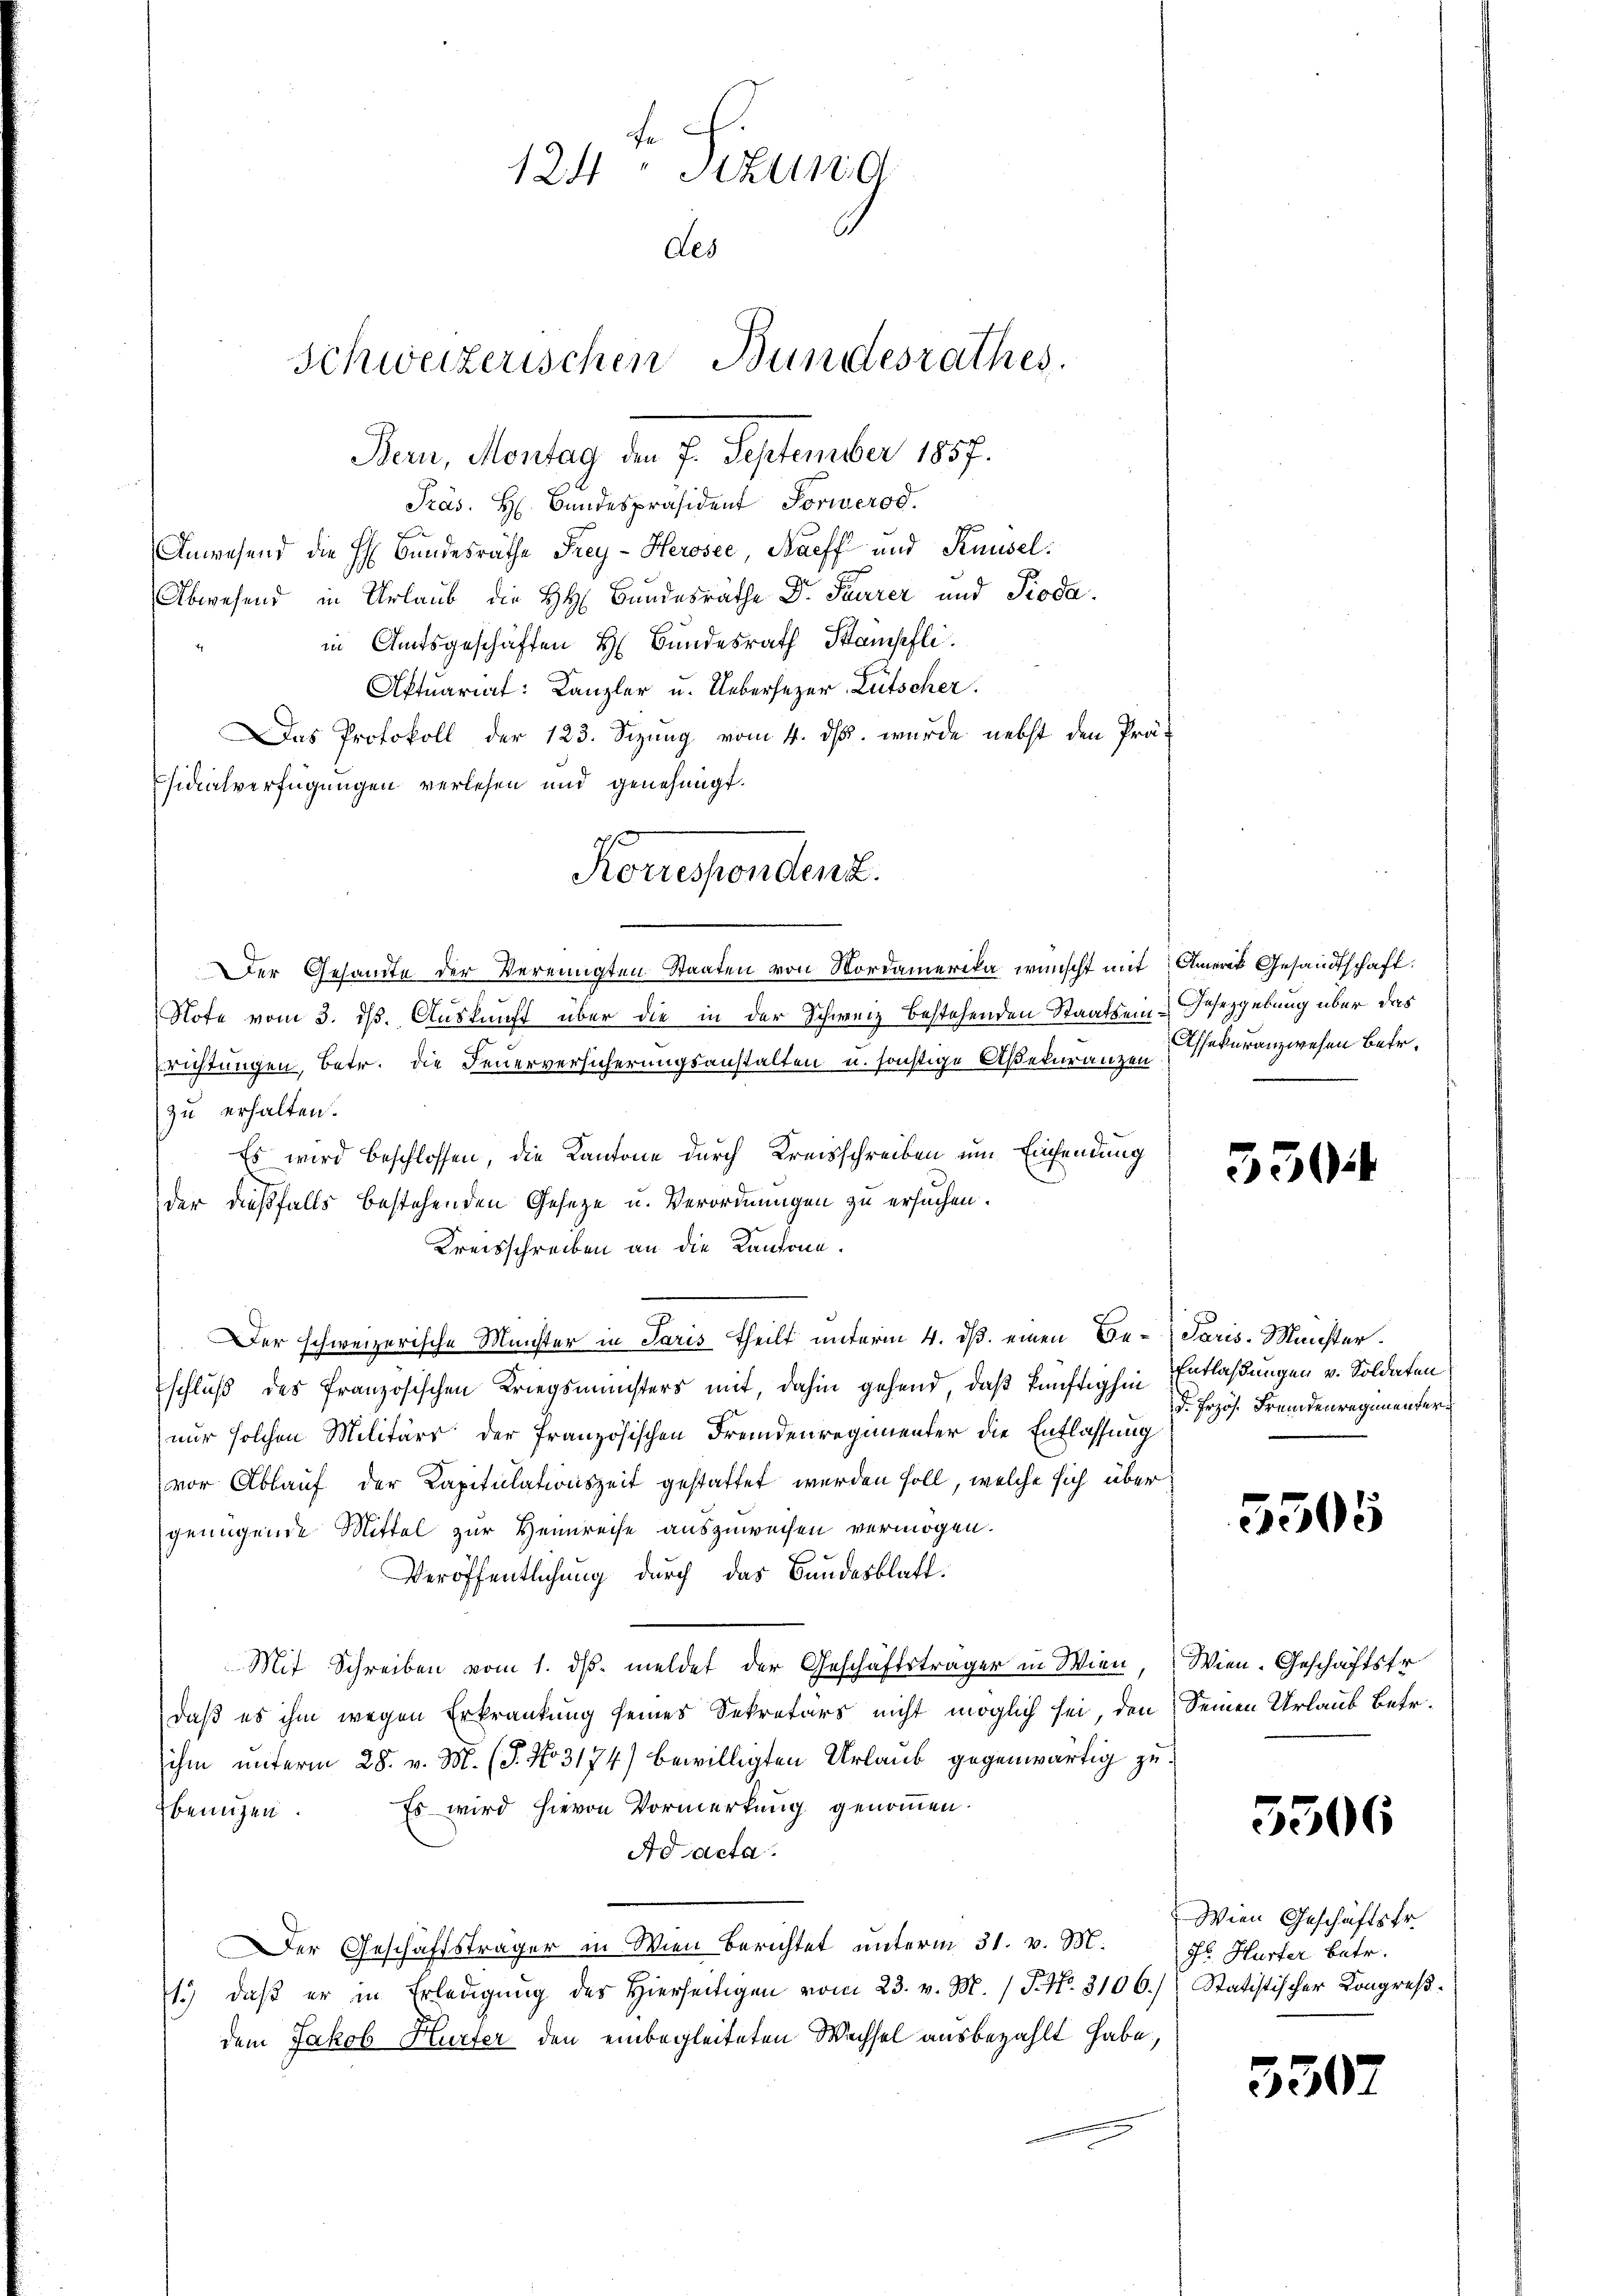
124 Stund
des
Schweizerischen Bundesrathes.
Bern, Montag den 7. September 1857.

Präs. H. Bundespräsident Sorwerod.
Anwesend die H. Bundesräthe Frey-Herosee, Karff und Knüsel.
Abwesend in Urlaub die HH Bundesräthe Dr. Furrer und Piodain Amtsgeschäften H. Bundesrath Stampfli
Aktuariat: Kanzler u. Uebersezer, Lütscher.
Das Protokoll der 123. Sizung vom 4. ds. wurde nebst den Präsidialverfügungen verlesen und genehmigt.
Der Gesandte der Vereinigten Staaten von Nordamerika wünscht mit Amerit Gesandtschaft.
Note vom 3. ds. Auskunft über die in der Schweiz bestehenden Staatsein Gesetzgebung über das
richtungen, betr. die Feuerversicherungsanstalten u. sonstige Aßecuranzen
zu erhalten.
Es wird beschlossen, die Kantone durch Kreisschreiben um Einsendung
der dießfalls bestehenden Geseze u. Verordnungen zu ersuchen.
Kreisschreiben an die Kantone.
Der schweizerische Münster in Paris Theilt unterm 4. ds. einen Be-Paris. Meisterschluß des französischen Kriegsmünsters mit, dahin gehend, daß künftighin Entlaßungen v. Soldaten
nur solchen Militärs der französischen Fremdenregimenter die Entlassung
vor Ablauf der Kapitulationszeit gestattet werden soll, welche sich über
genügende Mittel zur Heinreise auszuweisen vermögen.
Veröffentlichung durch das Bundesblatt.
Mit Schreiben vom 1. ds. meldet der Geschäftsträger in Wien,
daß es ihm wegen Erkrankung seines Sekretärs nicht möglich sei, den Seinen Urlaub betr.
ihm unterm 28. v. M. (T. No 3174) bewilligten Urlaub gegenwärtig zu¬
Es wird hievon Vormerkung genommen.
benuzen.
Ad acta.
Der Geschäftsträger in Wien berichtet unterm 31. v. M. s. Hurter betr.
1.) daβ er in Erledigŭng des hierseitigen vom 23. v. M. / J. No. 3106.) Statistischer Kongreßdem Jakob Hurter den einbegleiteten Wechsel ausbezahlt habe,

Koruessendenz.

Assekuranzwesen Betr.

350

d. Frzös. Fremdenregimenter

3505

Wien. Geschäftsfr.

5506

Wien Geschäftstr.

5307